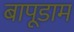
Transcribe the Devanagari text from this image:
बापूडाम